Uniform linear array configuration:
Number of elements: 64
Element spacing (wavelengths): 0.75
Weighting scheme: exponential
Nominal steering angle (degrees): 45
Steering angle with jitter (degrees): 45.775
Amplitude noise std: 0.05
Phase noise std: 0.05

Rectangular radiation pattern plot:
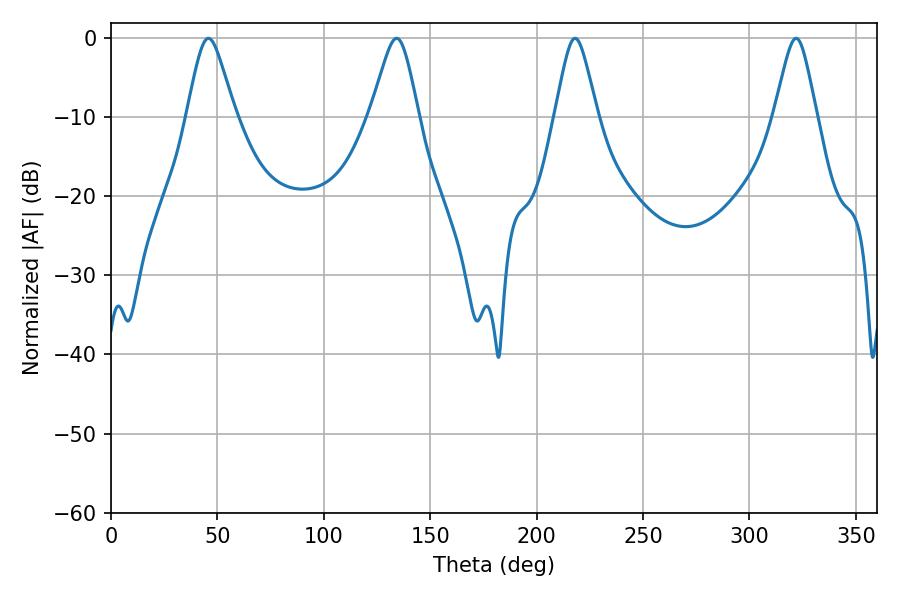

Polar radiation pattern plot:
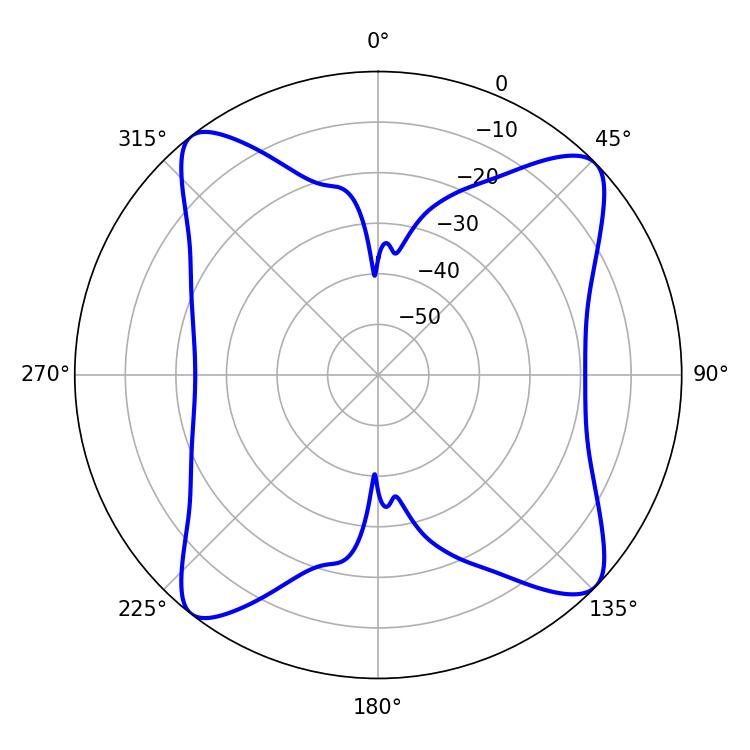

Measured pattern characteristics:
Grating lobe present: TRUE
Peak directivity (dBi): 13.613
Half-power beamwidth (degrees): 10.8
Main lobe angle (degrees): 45.72